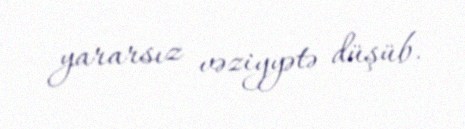
yararsız vəziyyətə düşüb.